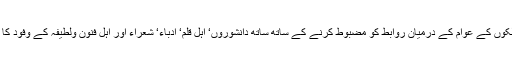
اس کے علاوہ دونوں ملکوں کے عوام کے درمیان روابط کو مضبوط کرنے کے ساتھ ساتھ دانشوروں‘ اہل قلم‘ ادباء‘ شعراء اور اہل فنون ولطیفہ کے وفود کا تبادلہ شروع کیا جائے۔